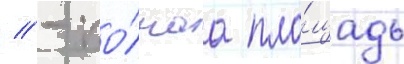
// - по́лнаа пло́щадь